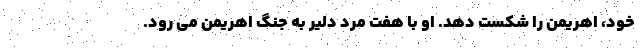
خود، اهریمن را شکست دهد. او با هفت مرد دلیر به جنگ اهریمن می رود.